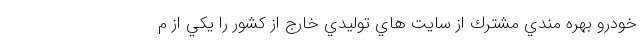
خودرو بهره مندي مشترك از سايت هاي توليدي خارج از كشور را يكي از م